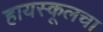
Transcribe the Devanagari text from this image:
हायस्‍कूलचा